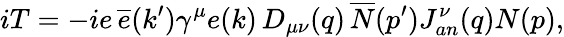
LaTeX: iT=-ie\, \overline{{{e}}}(k^{\prime})\gamma^{\mu}e(k)\, D_{\mu\nu}(q)\, \overline{{{N}}}(p^{\prime})J_{an}^{\nu}(q)N(p),